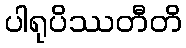
ပါရုပိဿတီတိ